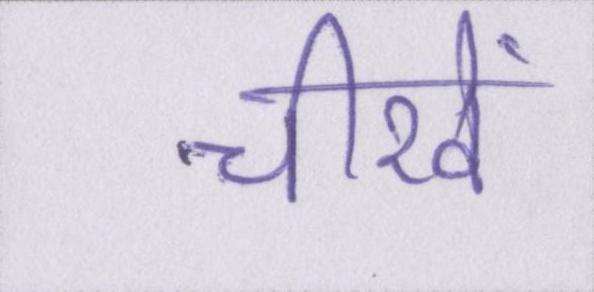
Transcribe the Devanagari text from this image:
चीखें